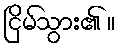
ငြိမ်သွား၏ ။